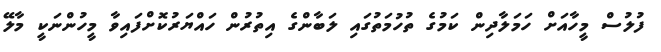
ފުލުސް މީހާއަށް ހަމަލާދިން ކަމުގެ ތުހުމަތުގައި ލަބާންގެ އިތުރުން ހައްޔަރުކޮށްފައިވާ މީހުންނަކީ މާލޭ